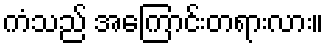
ကံသည် အကြောင်းတရားလား။